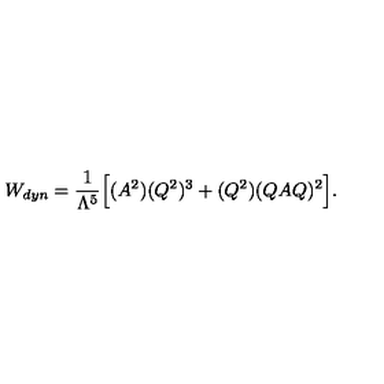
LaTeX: W _ { d y n } = \frac { 1 } { \Lambda ^ { 5 } } \Big [ ( A ^ { 2 } ) ( Q ^ { 2 } ) ^ { 3 } + ( Q ^ { 2 } ) ( Q A Q ) ^ { 2 } \Big ] .